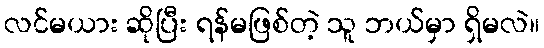
လင်မယား ဆိုပြီး ရန်မဖြစ်တဲ့ သူ ဘယ်မှာ ရှိမလဲ။